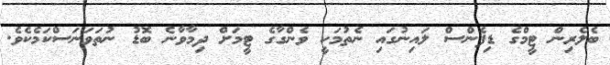
ބެލެރިން ޓީމްގެ ޑިފެންސް ލައިނުގައި ނެތުމަކީ ވެންގާގެ ޓީމަށް ދިމާވާނެ ބޮޑު ނުތަވަނަސްކަމެކެވެ.